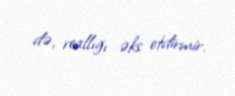
də, reallığı əks etdirmir.